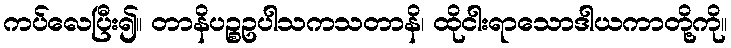
ကပ်လေပြီး၍။ တာနိပဉ္စဥပါသကသတာနိ၊ ထိုငါးရာသောဒါယကာတို့ကို။